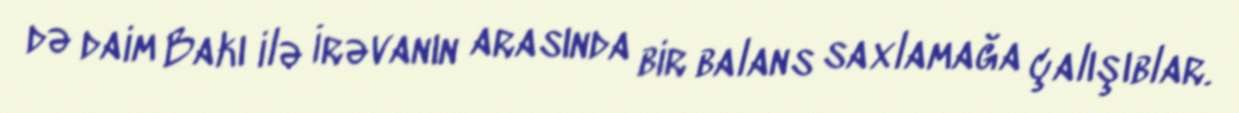
də daim Bakı ilə İrəvanın arasında bir balans saxlamağa çalışıblar.